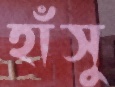
হাঁসু